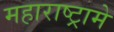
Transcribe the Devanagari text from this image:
महाराष्ट्रामे